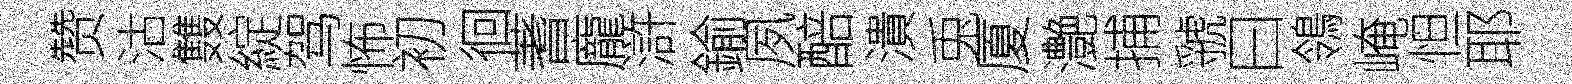
赞沽䨇綻驾怖初徊蓍龐滸鍮夙醅潰兎厦灔捕虢曰鴒崦怛耶